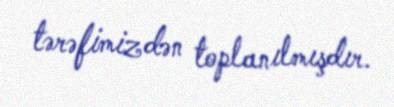
tərəfimizdən toplanılmışdır.